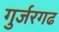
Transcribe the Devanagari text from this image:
गुर्जरगढ